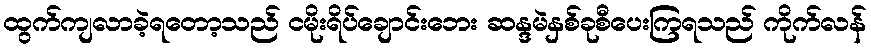
ထွက်ကျလာခဲ့ရတော့သည် ငမိုးရိပ်ချောင်းဘေး ဆန္ဒမဲနှစ်ခုစီပေးကြရသည် ကိုက်လန်